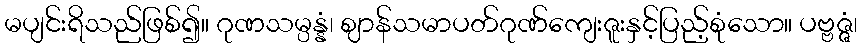
မပျင်းရိသည်ဖြစ်၍။ ဂုဏသမ္ပန္နံ၊ ဈာန်သမာပတ်ဂုဏ်ကျေးဇူးနှင့်ပြည့်စုံသော။ ပဗ္ဗဇ္ဇံ၊